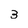
Character: 3